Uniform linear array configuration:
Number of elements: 32
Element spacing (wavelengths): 0.75
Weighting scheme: hann
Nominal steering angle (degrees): -60
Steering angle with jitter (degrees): -59.269
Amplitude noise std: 0.05
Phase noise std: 0.05

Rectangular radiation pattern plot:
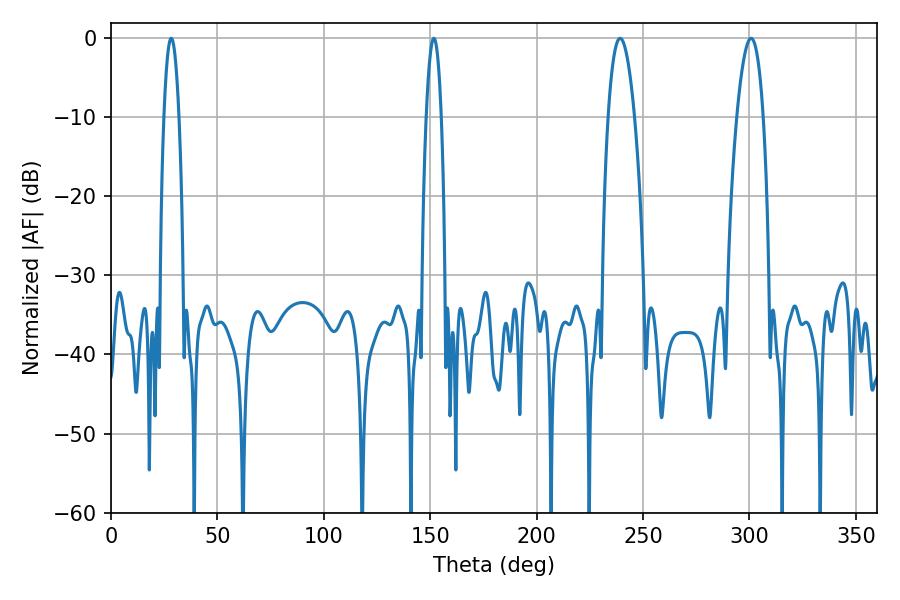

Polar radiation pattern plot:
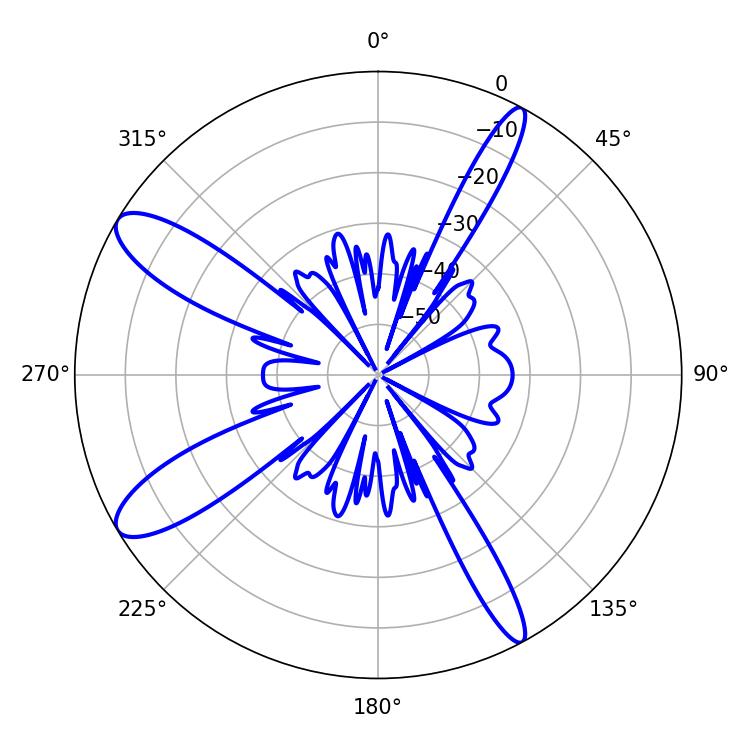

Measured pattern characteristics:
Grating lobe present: TRUE
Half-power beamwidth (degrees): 6.84
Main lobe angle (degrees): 239.22